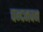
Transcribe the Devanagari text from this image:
चन्दनवन